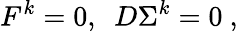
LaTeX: F^{k}=0,~~D\Sigma^{k}=0\ ,